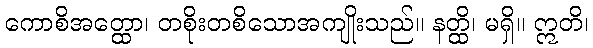
ကောစိအတ္ထော၊ တစိုးတစိသောအကျိုးသည်။ နတ္ထိ၊ မရှိ။ ဣတိ၊